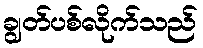
ချွတ်ပစ်လိုက်သည်